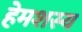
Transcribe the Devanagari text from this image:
हेमशस्य